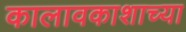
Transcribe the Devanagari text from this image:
कालावकाशाच्या